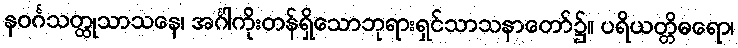
နဝင်္ဂသတ္ထုသာသနေ၊ အင်္ဂါကိုးတန်ရှိသောဘုရားရှင်သာသနာတော်၌။ ပရိယတ္တိဓရော၊